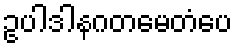
ဥပါဒါနဂတမေတံပေ